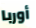
أوربا